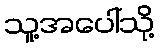
သူ့အပေါ်သို့